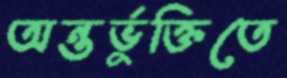
অন্তর্ভুক্তিতে